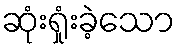
ဆုံးရှုံးခဲ့သော